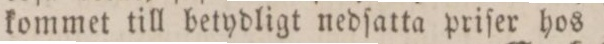
kommet till betydligt nedſatta priſer hos